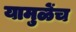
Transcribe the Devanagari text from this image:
यामुळेंच